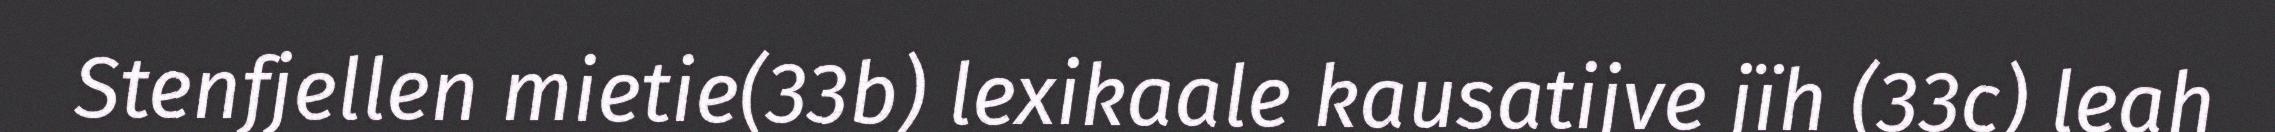
Stenfjellen mietie(33b) lexikaale kausatijve jïh (33c) leah